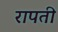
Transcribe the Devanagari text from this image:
रापती